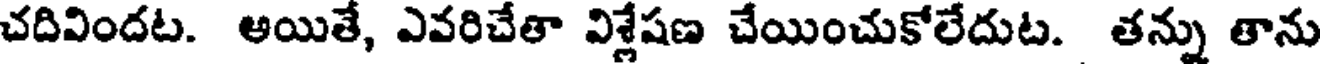
చదివిందట. ఆయితే, ఎవరిచేతా విశ్లేషణ చేయించుకోలేదుట. తన్ను తాను